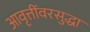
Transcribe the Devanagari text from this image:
आवृत्तींवरसुद्धा